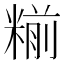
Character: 糋